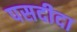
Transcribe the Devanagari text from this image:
पसदीदा